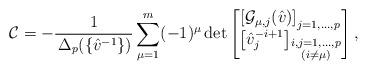
LaTeX: \begin{align*}\mathcal{C}=-\frac{1}{\,\Delta_p(\{\hat{v}^{-1}\})} \sum_{\mu=1}^{m}(-1)^{\mu} \det\begin{bmatrix} \left[\mathcal{G}_{\mu,j}(\hat{v})\right]_{j=1,...,p} \\ \left[\hat{v}_j^{-i+1}\right]_{\substack{i,j=1,...,p \\ (i\neq \mu)}}\end{bmatrix},\end{align*}